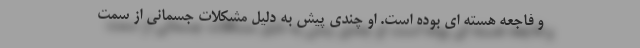
و فاجعه هسته ای بوده است. او چندی پیش به دلیل مشکلات جسمانی از سمت